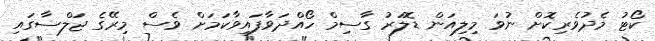
ކޯޓު މެދުވެރިކޮށް ނުވަ މިލިއަން ޑޮލަރު ގާސިމް ހޯއްދަވާފައިވާކަމަށް ވެސް މިރޭގެ ޖަލްސާގައި